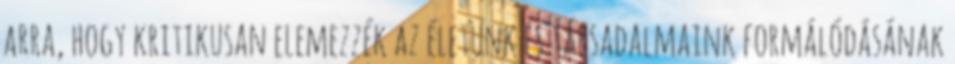
arra, hogy kritikusan elemezzék az életünk és társadalmaink formálódásának